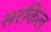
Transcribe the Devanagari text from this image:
सरकिल